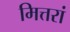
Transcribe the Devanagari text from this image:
मित्तरां